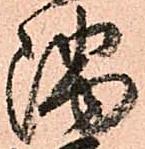
隅